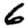
Digit: 6